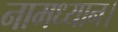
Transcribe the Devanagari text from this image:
नामध्यान।